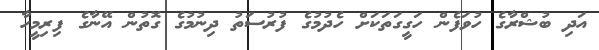
އަދި ބުޝްރާގެ ހުވަފެން ހަގީގަތަކަށް ހެދުމުގެ ފުރުސަތު ދިނުމުގެ ގޮތުން އޭނާގެ ފިރިމީހާ